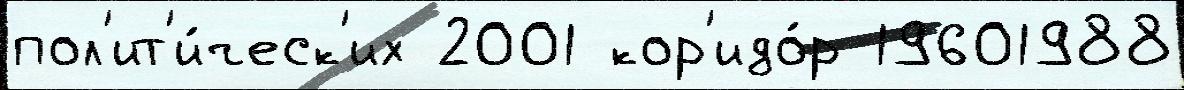
пол'ит'и́ческ'их 2001 кор'идо́р 19601988